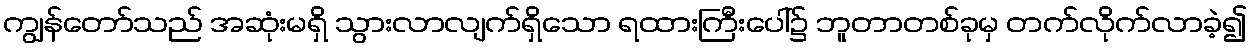
ကျွန်တော်သည် အဆုံးမရှိ သွားလာလျက်ရှိသော ရထားကြီးပေါ်၌ ဘူတာတစ်ခုမှ တက်လိုက်လာခဲ့၍